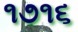
૧૭૧૬